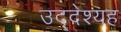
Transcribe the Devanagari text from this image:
उद्देश्यह